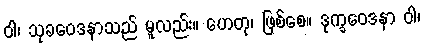
ဝါ၊ သုခဝေဒနာသည် မူလည်း။ ဟေတု၊ ဖြစ်စေ။ ဒုက္ခဝေဒနာ ဝါ၊